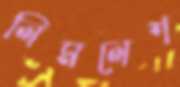
লিমলেশ